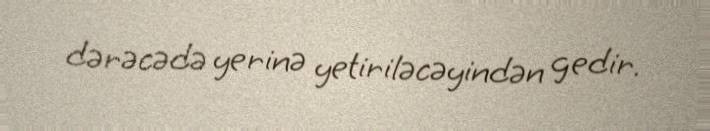
dərəcədə yerinə yetiriləcəyindən gedir.